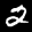
Label: 2